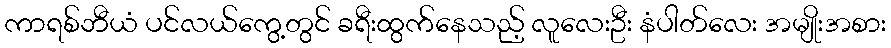
ကာရစ်ဘီယံ ပင်လယ်ကွေ့တွင် ခရီးထွက်နေသည့် လူလေးဦး နံပါတ်လေး အမျိုးအစား